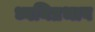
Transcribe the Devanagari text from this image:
ध्वनिप्रभाव